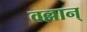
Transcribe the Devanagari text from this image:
वल्लान्